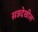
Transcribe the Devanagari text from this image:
सत्रदेखील